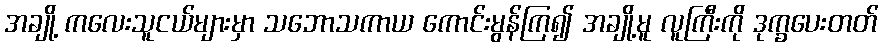
အချို့ ကလေးသူငယ်များမှာ သဘောသကာယ ကောင်းမွန်ကြ၍ အချို့မူ လူကြီးကို ဒုက္ခပေးတတ်